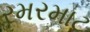
રમરમાટ